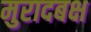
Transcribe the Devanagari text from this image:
मुरादबक्ष